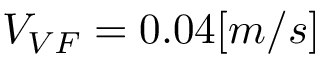
V _ { V F } = 0 . 0 4 [ m / s ]